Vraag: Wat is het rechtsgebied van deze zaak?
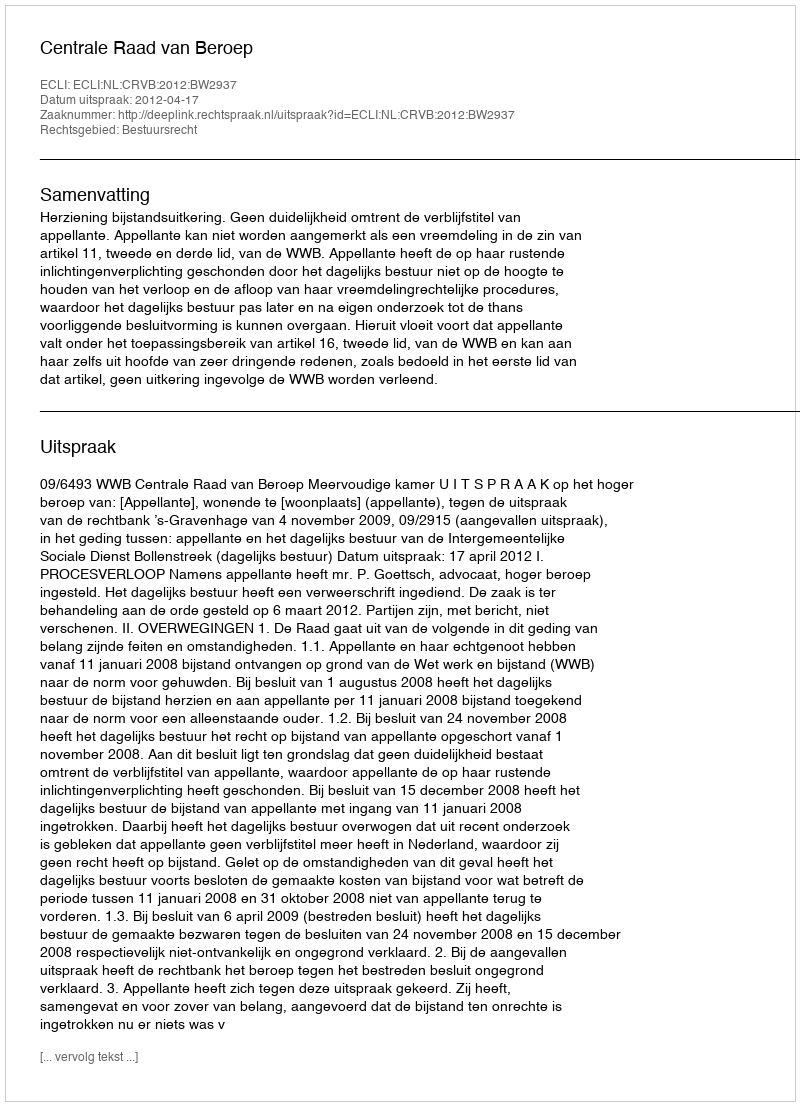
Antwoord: Bestuursrecht